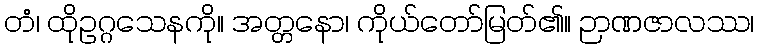
တံ၊ ထိုဥဂ္ဂသေနကို။ အတ္တနော၊ ကိုယ်တော်မြတ်၏။ ဉာဏဇာလဿ၊